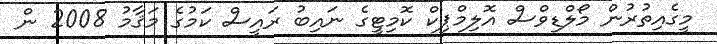
މީގެއިތުރުން މޯލްޑިވްސް އޮލިމްޕިކް ކޮމިޓީގެ ނައިބު ރައީސް ކަމުގެ މަޤާމު 2008 ން